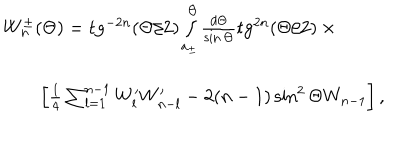
LaTeX: \begin{array} { l } { { W _ { n } ^ { \pm } ( \Theta ) = \mathrm { t g } ^ { - 2 n } ( \Theta / 2 ) \int _ { a _ { \pm } } ^ { \Theta } \frac { d \Theta } { \sin \Theta } \mathrm { t g } ^ { 2 n } ( \Theta / 2 ) \times { } \qquad { } } } \\ { { \qquad \left[ \frac 1 4 \sum _ { l = 1 } ^ { n - 1 } W _ { l } ^ { \prime } W _ { n - l } ^ { \prime } - 2 ( n - 1 ) \sin ^ { 2 } \Theta W _ { n - 1 } \right] , } } \\ \end{array}